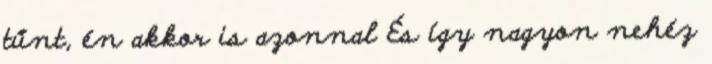
tűnt, én akkor is azonnal És így nagyon nehéz